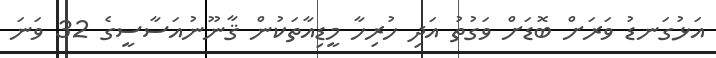
އަޅުގަނޑު ވަރަށް ބޮޑަށް ވަގުތު އަދި ހުރިހާ މީޑިއާތަކުން ޤާނޫނުއަސާސީގެ 32 ވަނަ